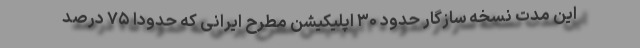
این مدت نسخه سازگار حدود ۳۰ اپلیکیشن مطرح ایرانی که حدودا ۷۵ درصد